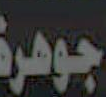
جوهرة